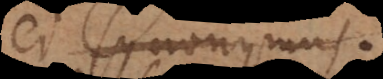
ei synonymus.